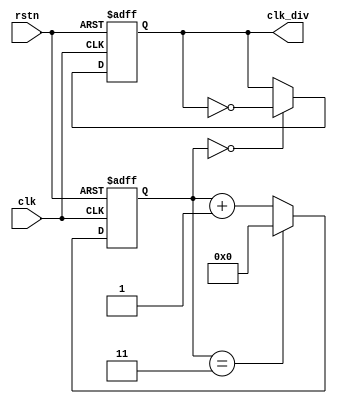
module clk_div_even(
    input clk,
    input rstn,
    output reg clk_div
);

parameter EVEN_NUM = 8;

wire [3:0] cnt_max;
reg [3:0] cnt;

assign cnt_max = (EVEN_NUM >> 1) - 1'b1;

always @(posedge clk or negedge rstn) begin
    if (!rstn) begin
        cnt <= 1'b0;
    end
    else if (cnt == cnt_max) begin
        cnt <= 1'b0;
    end
    else begin
        cnt <= cnt + 1'b1;
    end
end

always @(posedge clk or negedge rstn) begin
    if (!rstn) begin
        clk_div <= 1'b0;
    end
    else if (cnt == 0) begin
        clk_div <= ~clk_div;
    end
    else begin
        clk_div <= clk_div;
    end
end

endmodule